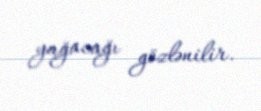
yağacağı gözlənilir.